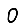
Digit: 0